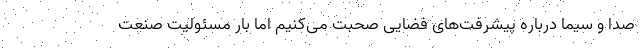
صدا و سیما درباره پیشرفت‌های فضایی صحبت می‌کنیم اما بار مسئولیت صنعت